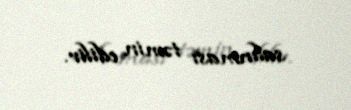
salınması təmin edilir.